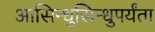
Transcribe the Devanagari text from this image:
आसिन्धुसिन्धुपर्यंता